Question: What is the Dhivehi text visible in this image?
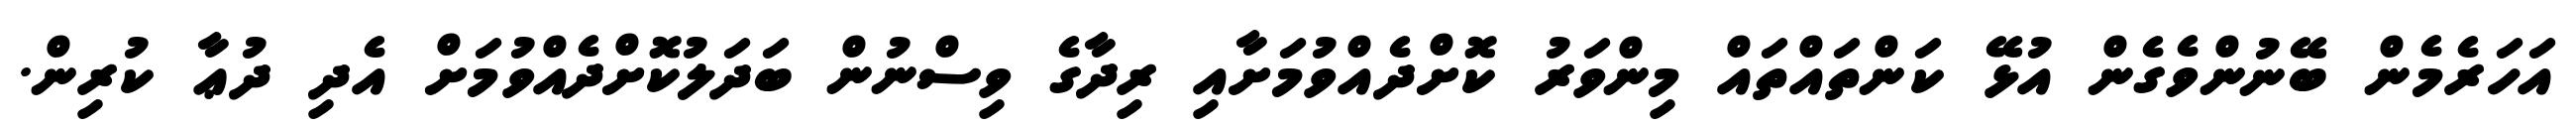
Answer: އަހަރެމެން ބޭނުންވެގެން އުޅޭ ކަންތައްތައް މިންވަރު ކޮށްދެއްވުމަށާއި ރިދާގެ ވިސްނުން ބަދަލުކޮށްދެއްވުމަށް އެދި ދުޢާ ކުރިން.